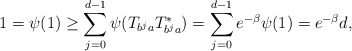
\begin{align*}1=\psi(1)\geq \sum_{j=0}^{d-1}\psi(T_{b^ja}T_{b^ja}^*)=\sum_{j=0}^{d-1}e^{-\beta}\psi(1)=e^{-\beta}d,\end{align*}